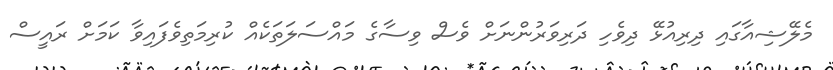
މެލޭޝިއާގައި ދިރިއުޅޭ ދިވެހި ދަރިވަރުންނަށް ވެސް ވިސާގެ މައްސަލަތަކެއް ކުރިމަތިވެފައިވާ ކަމަށް ރައީސް